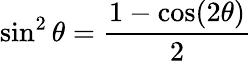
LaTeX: \sin^{2}\theta={\frac{1-\cos(2\theta)}{2}}